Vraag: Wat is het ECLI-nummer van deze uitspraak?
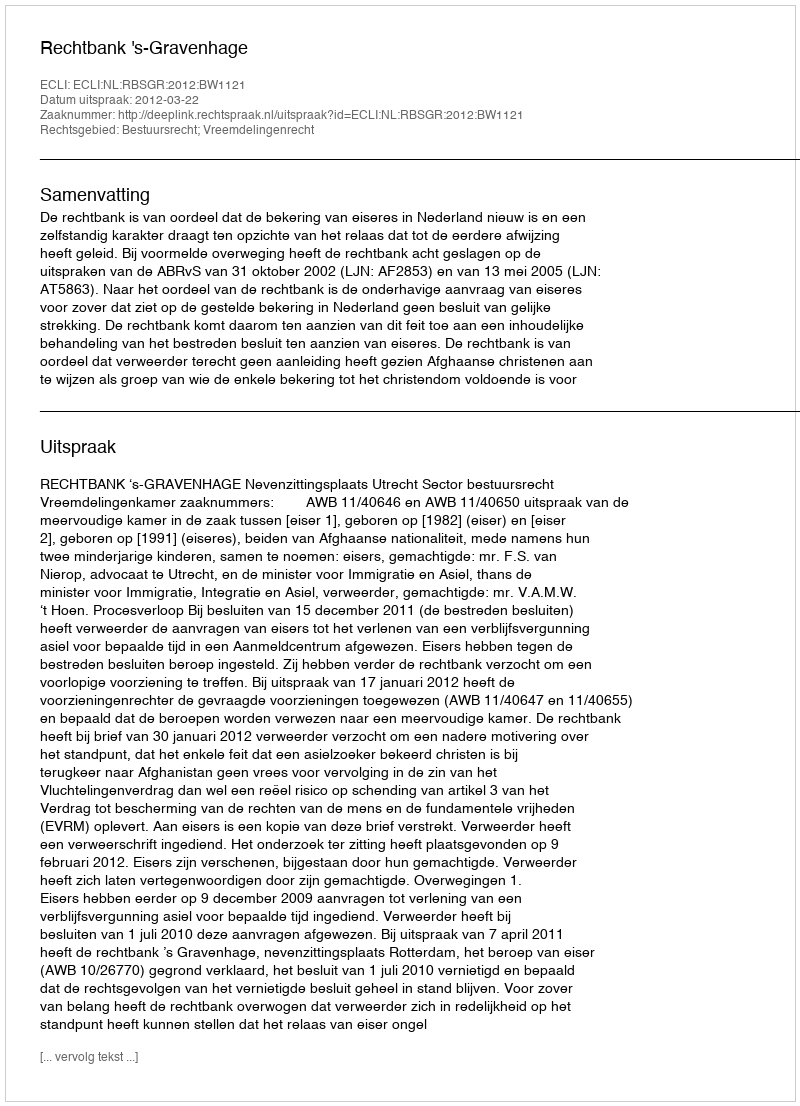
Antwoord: ECLI:NL:RBSGR:2012:BW1121